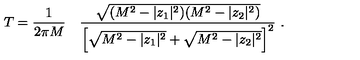
T = { \frac { 1 } { 2 \pi M } } \quad { \frac { \sqrt { ( M ^ { 2 } - | z _ { 1 } | ^ { 2 } ) ( M ^ { 2 } - | z _ { 2 } | ^ { 2 } ) } } { \left[ \sqrt { M ^ { 2 } - | z _ { 1 } | ^ { 2 } } + \sqrt { M ^ { 2 } - | z _ { 2 } | ^ { 2 } } \right] ^ { 2 } } } \ .